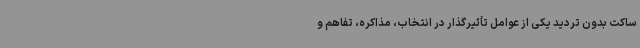
ساکت بدون تردید یکی از عوامل تأثیرگذار در انتخاب، مذاکره، تفاهم و